Annual administration report of the Civil Veterinary Department of India - 1900-1901
Year: 1900
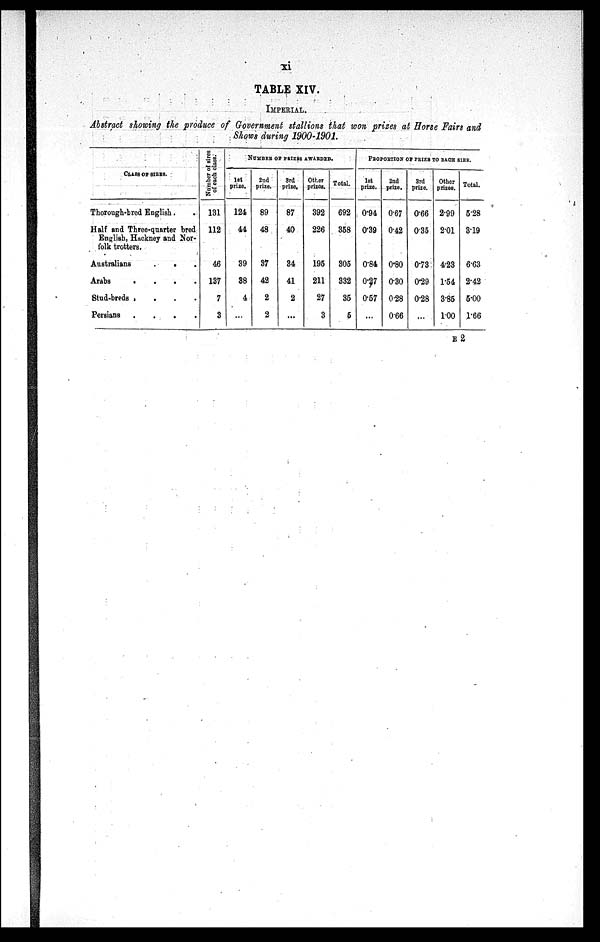
xi
TABLE XIV.
IMPERIAL.
Abstract showing the produce of Government stallions that won prizes at Horse Fairs and
Shows during 1900-1901.
CLASS OF SIRES.
Thorough-bred English . .
Half and Three-quarter bred
English, Hackney and Nor-
folk trotters.
Australians . .
.
Arabs
.
.
.
.
Stud-breds . . . .
Persians . . . .
Number of sires
of each class.
131
112
46
137
7
3
NUMBER OF PRIZES AWARDED.
1st
prize.
124
44
39
38
4
...
2nd
prize.
89
48
37
42
2
2
3rd
prize.
87
40
34
41
2
...
Other
prizes.
392
226
195
211
27
3
Total.
692
358
305
332
35
5
PROPORTION OF PRIZE TO EACH SIRE.
1st
prize.
0.94
0.39
0.84
0.27
0.57
...
2nd
prize.
0.67
0.42
0.80
0.30
0.28
066
3rd
prize.
0.66
0.35
0.73
0.29
0.28
...
Other
prizes.
2.99
2.01
4.23
1.54
3.85
100
Total.
5.28
3.19
6.63
2.42
5.00
1.66
E 2